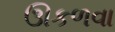
ઊકળવા